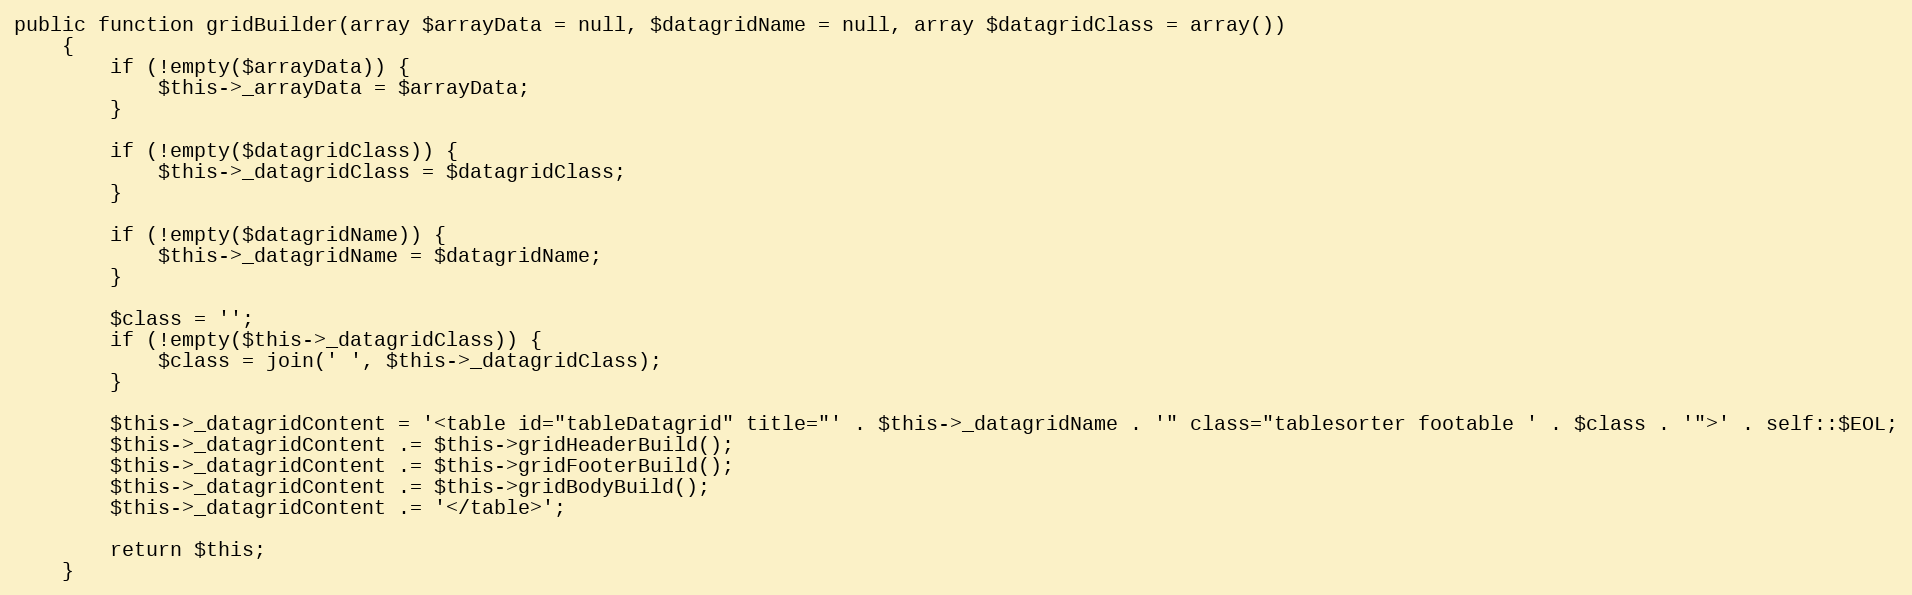
Language: PHP
public function gridBuilder(array $arrayData = null, $datagridName = null, array $datagridClass = array())
    {
        if (!empty($arrayData)) {
            $this->_arrayData = $arrayData;
        }

        if (!empty($datagridClass)) {
            $this->_datagridClass = $datagridClass;
        }

        if (!empty($datagridName)) {
            $this->_datagridName = $datagridName;
        }

        $class = '';
        if (!empty($this->_datagridClass)) {
            $class = join(' ', $this->_datagridClass);
        }

        $this->_datagridContent = '<table id="tableDatagrid" title="' . $this->_datagridName . '" class="tablesorter footable ' . $class . '">' . self::$EOL;
        $this->_datagridContent .= $this->gridHeaderBuild();
        $this->_datagridContent .= $this->gridFooterBuild();
        $this->_datagridContent .= $this->gridBodyBuild();
        $this->_datagridContent .= '</table>';

        return $this;
    }